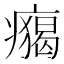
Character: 𤺐